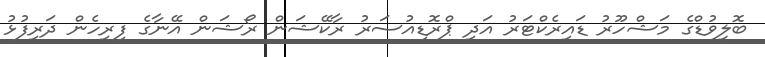
ބޮލީވުޑްގެ މަޝްހޫރު ޑައިރެކްޓަރު އަދި ޕްރޮޑިއުސަރު ރާކޭޝަން ރޯޝަން އޭނާގެ ފިރިހެން ދަރިފުޅު